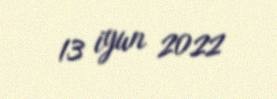
13 iyun 2022